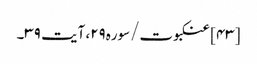
[۴۳] عنکبوت/سوره۲۹، آیت ۳۹۔